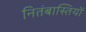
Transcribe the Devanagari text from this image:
नितंबास्तियों